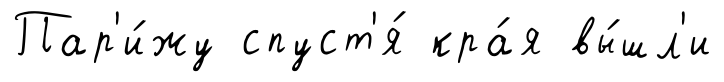
Пар'и́жу спуст'я́ кра́я вы́шл'и